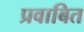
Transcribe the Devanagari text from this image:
प्रवाबित